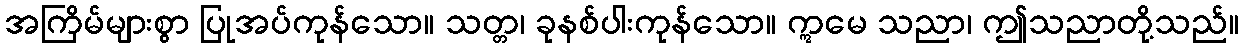
အကြိမ်များစွာ ပြုအပ်ကုန်သော။ သတ္တ၊ ခုနစ်ပါးကုန်သော။ ဣမေ သညာ၊ ဤသညာတို့သည်။